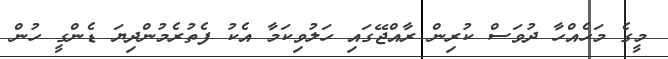
މީގެ މަހެއްހާ ދުވަސް ކުރިން ރާއްޖޭގައި ހަލުވިކަމާ އެކު ފެތުރެމުންދިޔަ ޑެންގީ ހުން